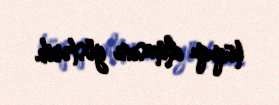
hüququ almasını göstərib.